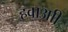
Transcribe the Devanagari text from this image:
हवाआी